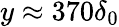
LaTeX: y\approx 370\delta_{0}